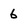
Character: 6